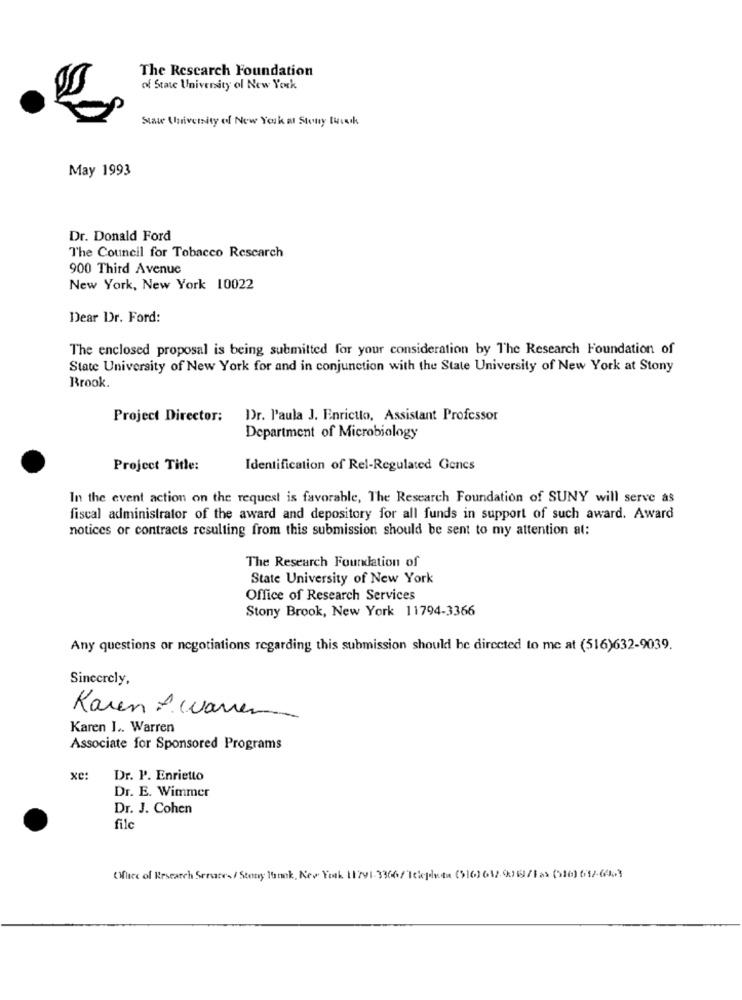
The Research Foundation
of State University of New York
State University of New York at Stony though
May 1993
Dr. Donald Ford
The Council for Tobacco Research
900 Third Avenue
New York, New York 10022
Dear Dr. Ford:
The enclosed proposal is being submitted for your consideration by The Research Foundation of
State University of New York for and in conjunction with the State University of New York at Stony
Brook.
Project Director:
Dr. l'aula J. Enrictto, Assistant Professor
Department of Microbiology
Project Title:
Identification of Rel-Regulated Genes
In the event action on the request is favorable, The Research Foundation of SUNY will serve as
fiscal administrator of the award and depository for all funds in support of such award. Award
notices or contracts resulting from this submission should be sent to my attention at:
The Research Foundation of
State University of New York
Office of Research Services
Stony Brook, New York 11794-3366
Any questions or negotiations regarding this submission should be directed to me at (516)632-9039.
Sincerely,
Karen A. warren
Karen I .. Warren
Associate for Sponsored Programs
xe:
Dr. P. Enrietto
Dr. E. Wimmer
Dr. J. Cohen
file
Office of Research Serates/ Story book, New York 11791-3366/ 1kjlvan (516) 632-936)/Fas (010) 61/-64.3